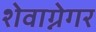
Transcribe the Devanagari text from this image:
शेवाग्नेगर